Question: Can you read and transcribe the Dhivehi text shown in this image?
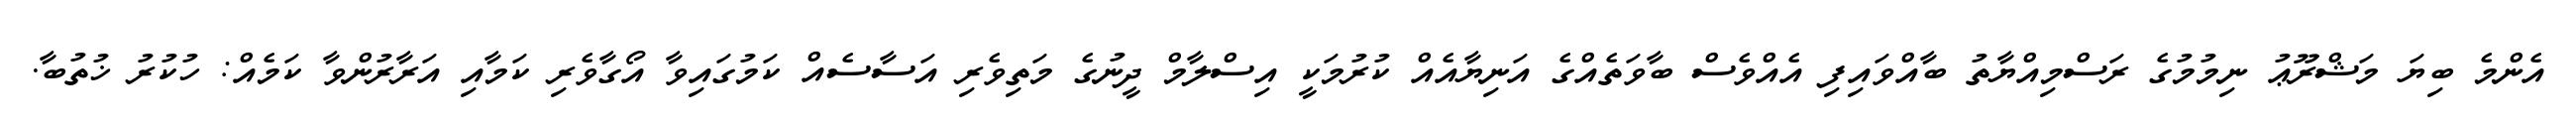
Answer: އެންމެ ބިޔަ މަޝްރޫޢު ނިމުމުގެ ރަސްމިއްޔާތު ބާއްވައިފި އެއްވެސް ބާވަތެއްގެ އަނިޔާއެއް ކުރުމަކީ އިސްލާމް ދީނުގެ މަތިވެރި އަސާސެއް ކަމުގައިވާ އޯގާވެރި ކަމާއި އަރާރުންވާ ކަމެއް: ހުކުރު ޚުތުބާ.